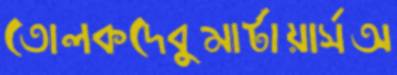
তোলকদেবুমার্টায়ার্সঅ